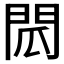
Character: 𮤌